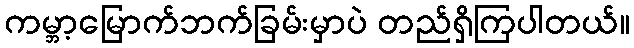
ကမ္ဘာ့မြောက်ဘက်ခြမ်းမှာပဲ တည်ရှိကြပါတယ်။